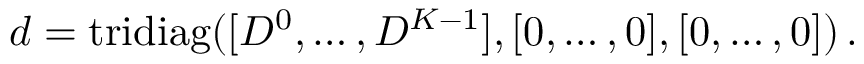
\begin{array} { r } { \boldsymbol { d } = \mathrm { t r i d i a g } ( [ D ^ { 0 } , \dots , D ^ { K - 1 } ] , [ 0 , \dots , 0 ] , [ 0 , \dots , 0 ] ) \, . } \end{array}